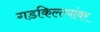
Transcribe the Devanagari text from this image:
गडकिल्ल्यांवर